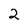
Character: 2